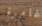
غامرة